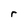
Character: r